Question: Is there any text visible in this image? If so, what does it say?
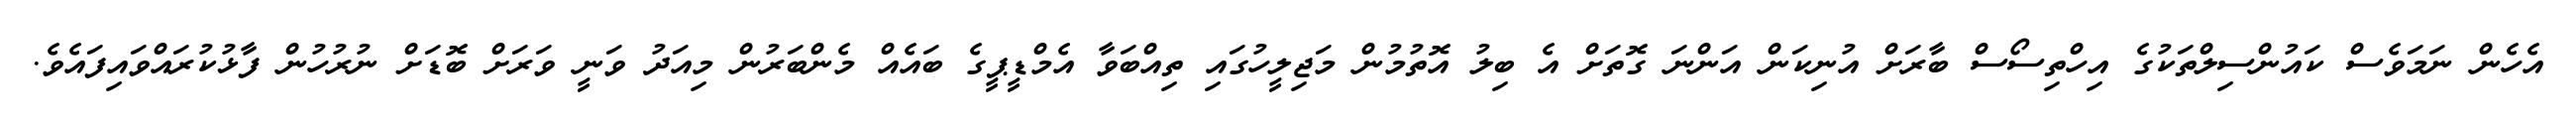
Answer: އެހެން ނަމަވެސް ކައުންސިލްތަކުގެ އިހްތިސޯސް ބާރަށް އުނިކަން އަންނަ ގޮތަށް އެ ބިލު އޮތުމުން މަޖިލީހުގައި ތިއްބަވާ އެމްޑީޕީގެ ބައެއް މެންބަރުން މިއަދު ވަނީ ވަރަށް ބޮޑަށް ނުރުހުން ފާޅުކުރައްވައިފައެވެ.